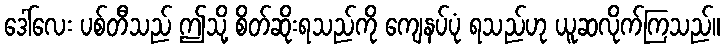
ဒေါ်လေး ပစ်တီသည် ဤသို့ စိတ်ဆိုးရသည်ကို ကျေနပ်ပုံ ရသည်ဟု ယူဆလိုက်ကြသည်။